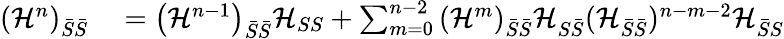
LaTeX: \begin{array}{rl}{\left(\mathcal{H}^{n}\right)_{\bar{S}\bar{S}}}&{{}=\left(\mathcal{H}^{n-1}\right)_{\bar{S}\bar{S}}\mathcal{H}_{SS}+\sum_{m=0}^{n-2}\left(\mathcal{H}^{m}\right)_{\bar{S}\bar{S}}\mathcal{H}_{S\bar{S}}(\mathcal{H}_{\bar{S}\bar{S}})^{n-m-2}\mathcal{H}_{\bar{S}S}}\end{array}